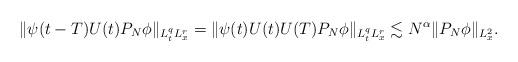
LaTeX: \begin{align*}\|\psi(t-T)U(t)P_N \phi\|_{L_t^{q}L_x^r} = \|\psi(t)U(t) U(T) P_N \phi\|_{L_t^q L_x^r} \lesssim N^{\alpha} \|P_N\phi\|_{L_x^2}.\end{align*}